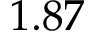
1 . 8 7